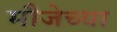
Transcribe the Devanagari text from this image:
मौजेच्या